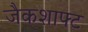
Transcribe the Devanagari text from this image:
जैकशाफ्ट